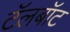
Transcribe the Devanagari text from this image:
टॅलबॉट